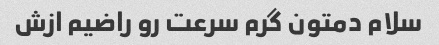
سلام دمتون گرم سرعت رو راضیم ازش